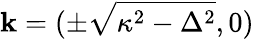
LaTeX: \mathbf{k}=(\pm\sqrt{\kappa^{2}-\Delta^{2}},0)